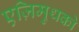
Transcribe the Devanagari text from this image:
एज़िमुथको